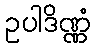
ဥပါဒိဏ္ဏံ